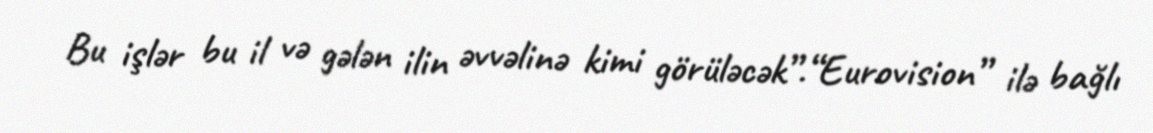
Bu işlər bu il və gələn ilin əvvəlinə kimi görüləcək”.“Eurovision” ilə bağlı